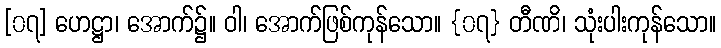
[၀၇] ဟေဋ္ဌာ၊ အောက်၌။ ဝါ၊ အောက်ဖြစ်ကုန်သော။ {၀၇} တီဏိ၊ သုံးပါးကုန်သော။